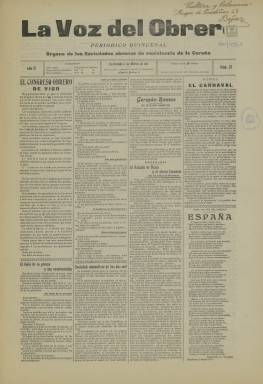
Título: La Voz del obrero (La Coruña)
Colección: Periódicos || Prensa sindical
Ámbito geográfico: La Coruña
Lugar de publicación: La Coruña
Fechas: 01/03/1911-01/03/1911